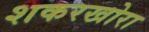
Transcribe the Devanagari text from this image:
शकरखोरा